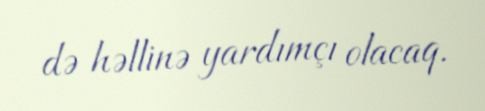
də həllinə yardımçı olacaq.